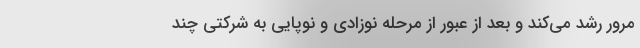
مرور رشد می‌کند و بعد از عبور از مرحله نوزادی و نوپایی به شرکتی چند